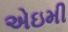
એઇમી